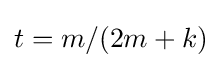
t=m/(2m+k)